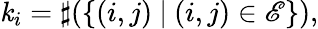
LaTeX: \mathit{k}_{i}=\sharp(\{ (i,j)~|~(i,j)\in\mathscr{{E}}\} ),